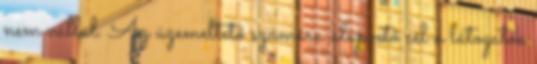
nem vállal. Az üzemeltető számára alapvető cél a látogatók